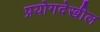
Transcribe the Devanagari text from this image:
प्रयोगदेखील